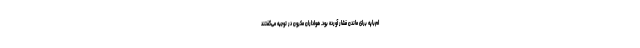
ام‌باپه برای ماندن فشار آورده بود. هواداران مکرون در توجیه می‌گفتند